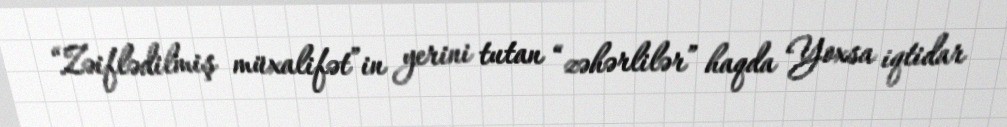
“Zəiflədilmiş müxalifət”in yerini tutan “zəhərlilər” haqda Yoxsa iqtidar